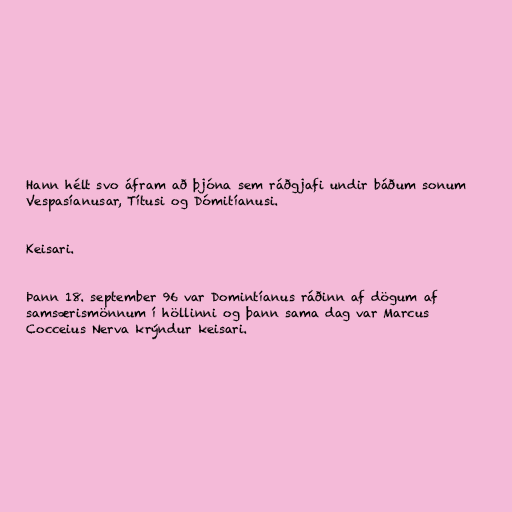
Hann hélt svo áfram að þjóna sem ráðgjafi undir báðum sonum
Vespasíanusar, Títusi og Dómitíanusi.

Keisari.

Þann 18. september 96 var Domintíanus ráðinn af dögum af
samsærismönnum í höllinni og þann sama dag var Marcus
Cocceius Nerva krýndur keisari.